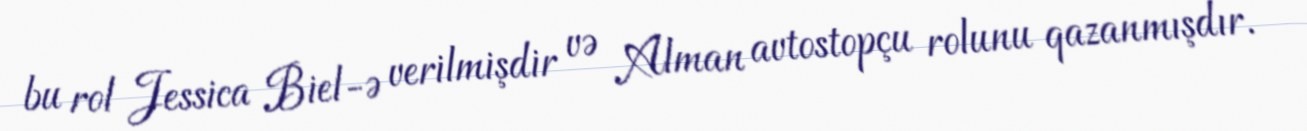
bu rol Jessica Biel-ə verilmişdir və Alman avtostopçu rolunu qazanmışdır.